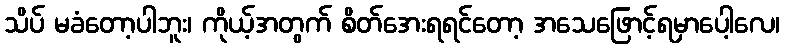
သိပ် မခံတော့ပါဘူး၊ ကိုယ့်အတွက် စိတ်အေးရရင်တော့ အသေဖြောင့်ရမှာပေါ့လေ၊